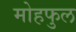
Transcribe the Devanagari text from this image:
मोहफुल